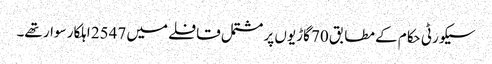
سیکورٹی حکام کے مطابق 70 گاڑیوں پر مشتمل قافلے میں 2547 اہلکار سوار تھے۔